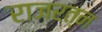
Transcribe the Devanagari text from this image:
राजरत्न